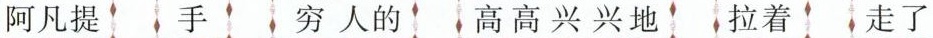
阿凡提 手 穷人的 高高兴兴地 拉着 走了